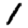
Digit: 1